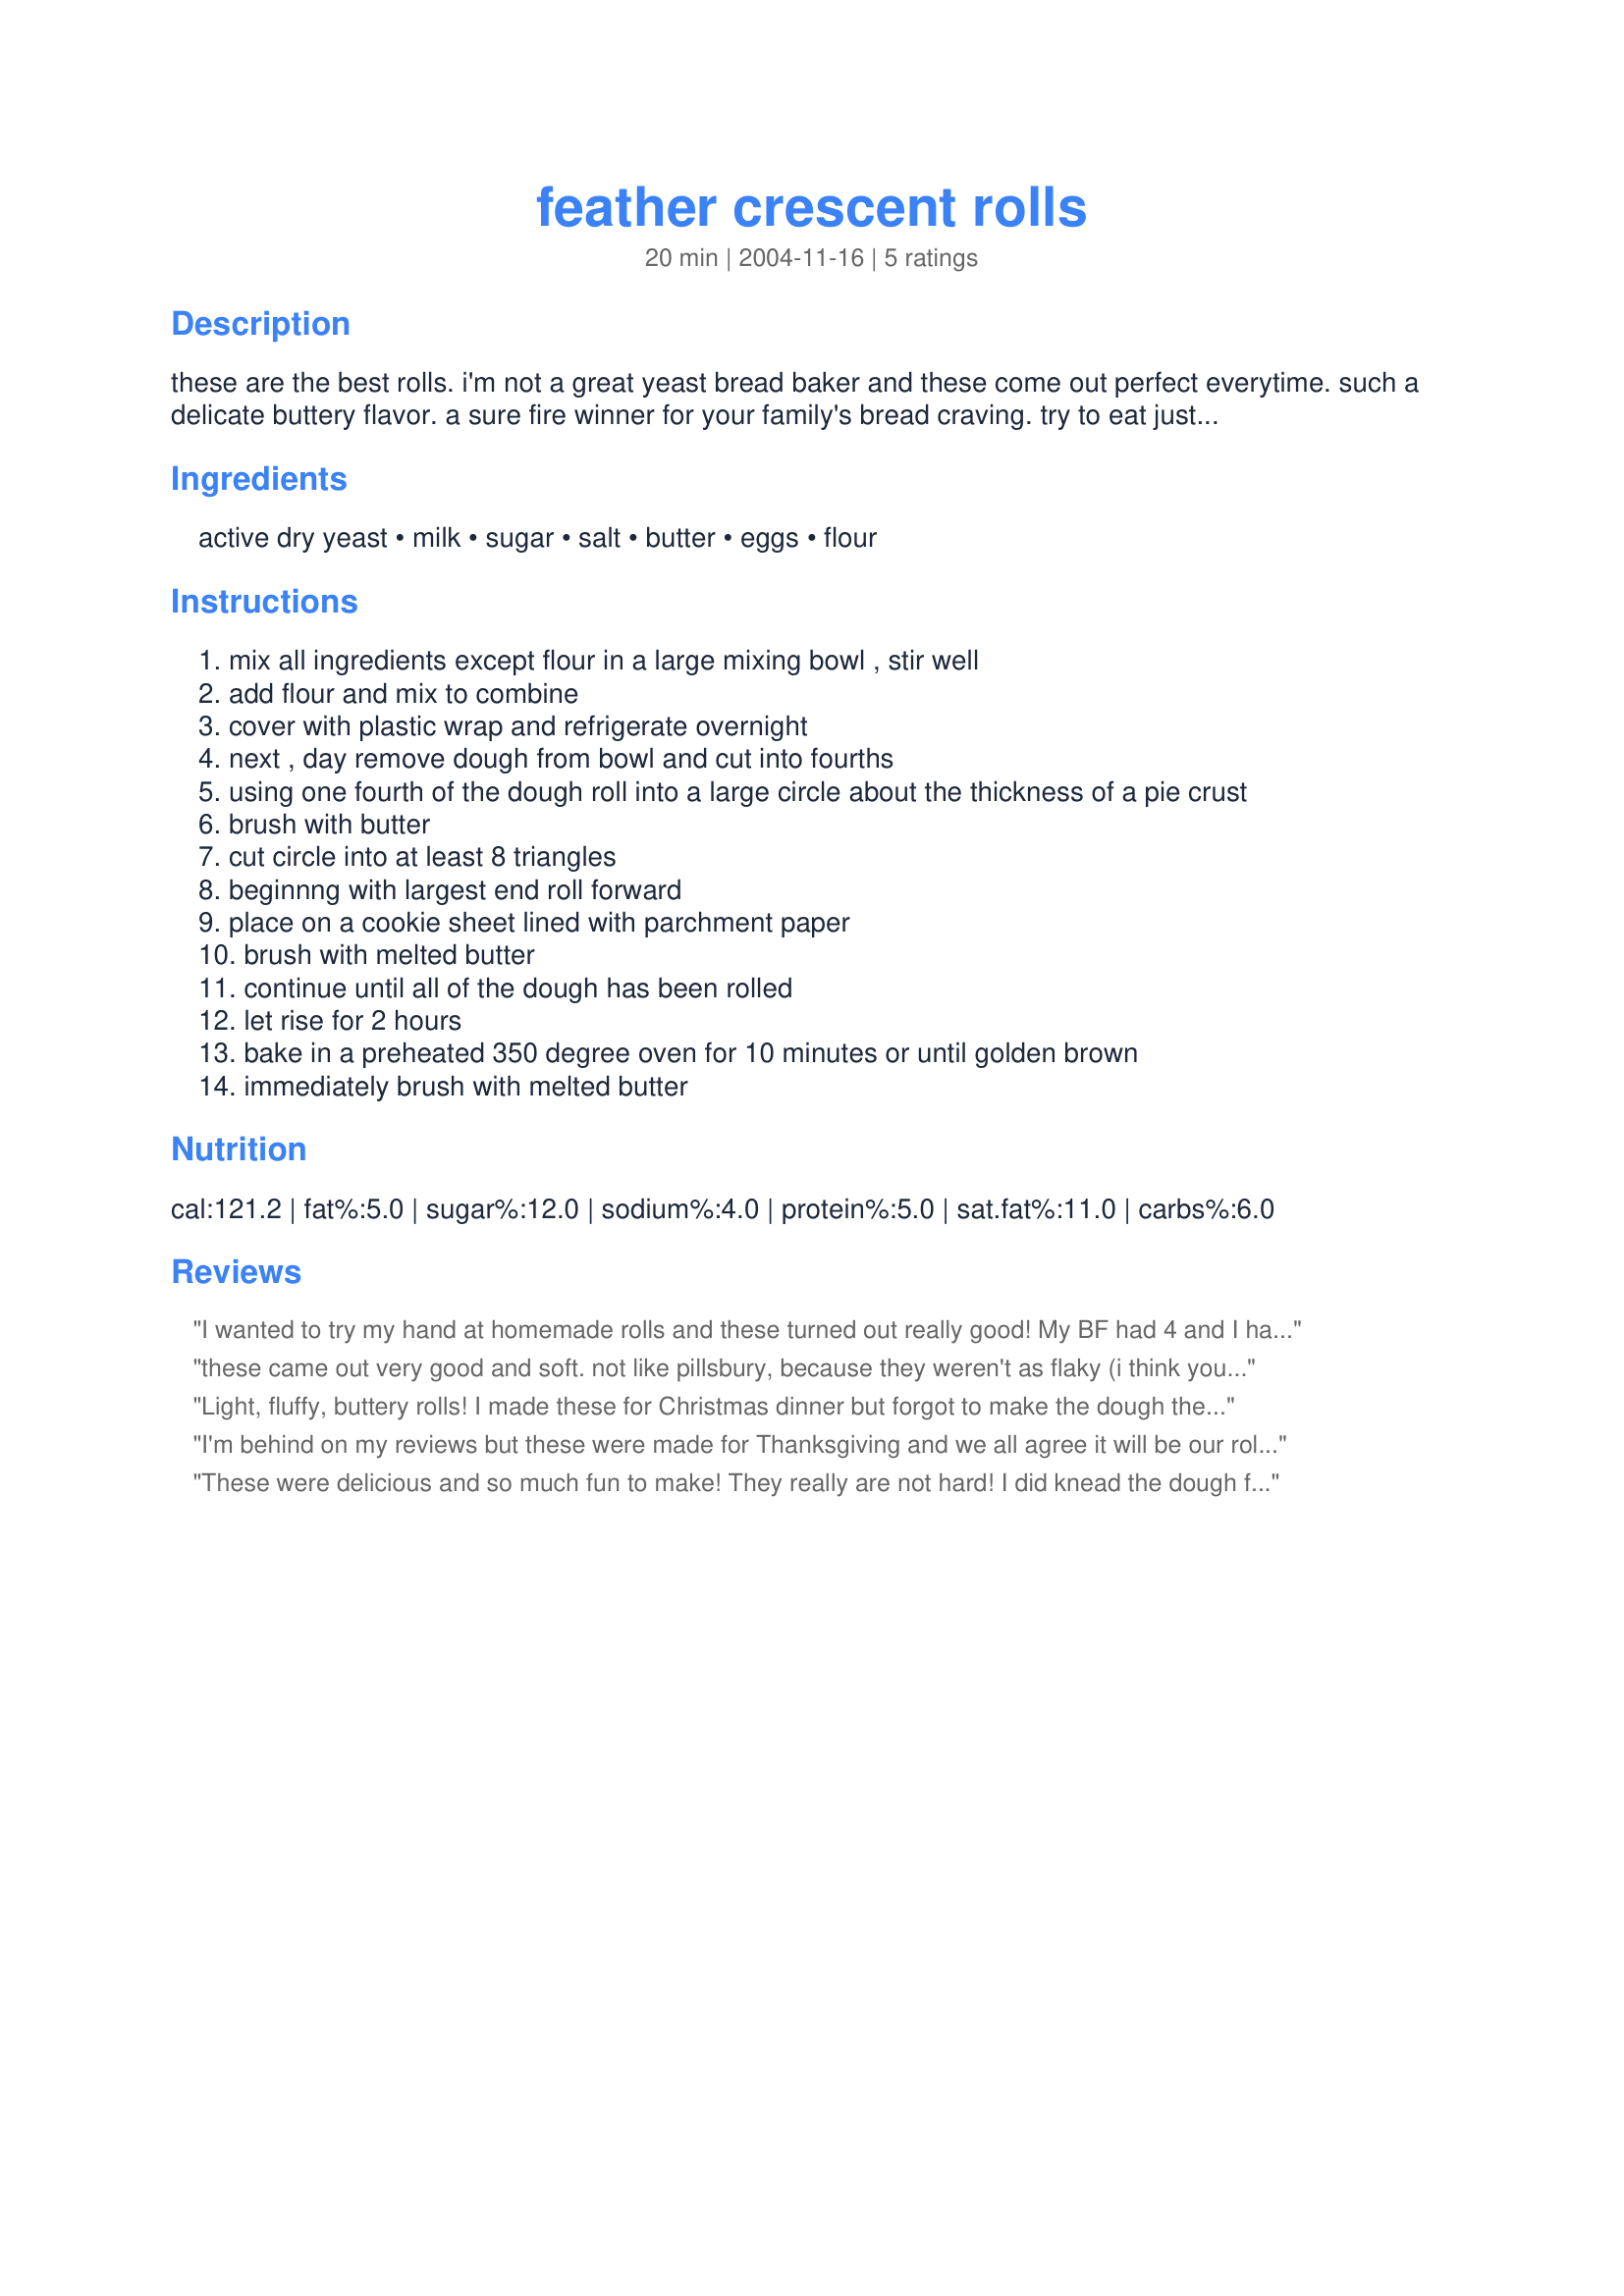
feather crescent rolls
Preparation time: 20 minutes

these are the best rolls. i'm not a great yeast bread baker and these come out perfect everytime. such a delicate buttery flavor. a sure fire winner for your family's bread craving. try to eat just one!

Ingredients:
active dry yeast, milk, sugar, salt, butter, eggs, flour

Steps:
mix all ingredients except flour in a large mixing bowl , stir well
add flour and mix to combine
cover with plastic wrap and refrigerate overnight
next , day remove dough from bowl and cut into fourths
using one fourth of the dough roll into a large circle about the thickness of a pie crust
brush with butter
cut circle into at least 8 triangles
beginnng with largest end roll forward
place on a cookie sheet lined with parchment paper
brush with melted butter
continue until all of the dough has been rolled
let rise for 2 hours
bake in a preheated 350 degree oven for 10 minutes or until golden brown
immediately brush with melted butter

Reviews:
I wanted to try my hand at homemade rolls and these turned out really good! My BF had 4 and I had 3 with our dinner, so I would say we loved em! I will make any time we decide we want rolls, as they are an easy recipe and so tender and delicious!
these came out very good and soft. not like pillsbury, because they weren't as flaky (i think you'd have to use shortening to get the flakiness... or cold butter which i really don't have the energy for) but they're better than pillsbury for individual crescent rolls.

first, i didn't prepare the yeast, i just mixed it into the sugar and egg, then i melted the butter and warmed the milk at the same time in the microwave (it didn't specify whether the butter should have been melted but i was lazy) and put it into the yeast/egg mixture while it was still pretty hot and i was scared it would have cooked the yeast and curdled the egg. then i mixed in mostly all purpose flour and salt, then a little bit of bread flour. i put it in the fridge sprayed with a little cooking spray.

in the morning, it had only risen very slightly, but i gave it a shot anyway. it was difficult to roll out so i put each quarter of dough in the microwave for about 30 seconds. it rolled out fine, and coated it in a mixture of vegetable oil and butter, then rolled up some plain, some with hot dogs, and some with smokies sausages, then brushed them all with the same oil/butter mixture. i let them rest for about an hour and then baked them for a little under 10 minutes, because they were browning so quickly, but they were fully cooked and perfect.

definitely a very good fool-proof recipe, and the dough really would be good for cinnamon rolls.
Light, fluffy, buttery rolls! I made these for Christmas dinner but forgot to make the dough the night before. So, I prepared the dough using 2 and 1/4 tsp of yeast--the equivalent to 1/4 oz package--and covered the glass bowl with saran wrap. I had a pot of water lightly boiling so I placed the glass bowl over it until the bottom steamed warm. I placed aside for about 1 hour. I rolled out the dough, it was very easy to work with, and then cut and shaped the crescents. Worked beautifully! I placed on a baking pan lined with foil for easy cleanup and let them rise about 3 hours. They were more than risen by 2 hours but my husband wanted LARGE crescents and the turkey wasn't done yet. After 3 hours, we baked at 350 for 15 minutes since my rolls were a bit larger. They were perfect! So light and delicious! I didn't brush with butter before baking. I drizzled with butter afterward. These are hands down the best rolls and every easy. I will use this recipe to make regular rolls too since the dough was so light. The rolls tasted buttery with a slight hint of sweetness from the sugar. Also, I think this would be an IDEAL dough for cinnamon rolls which I am making today with leftover dough saved from yesterday. I placed it in a plastic bag in the refrigerator. A versatile dough recipe anywhere soft, light bread is needed. Thank you so very much! Pictures coming soonâ€¦
I'm behind on my reviews but these were made for Thanksgiving and we all agree it will be our roll recipe for the holidays from now on! Tender and delicious, they were a huge asset to our meal!
These were delicious and so much fun to make! They really are not hard! I did knead the dough for 7-10 minutes before putting it in the refrigerator overnight. I made these for our Easter dinner so i let them raise while we were at church and then all I had to do was pop them in the oven! So good!
